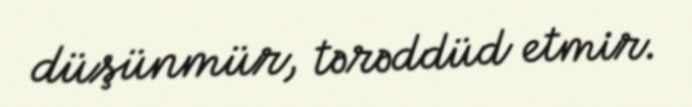
düşünmür, tərəddüd etmir.